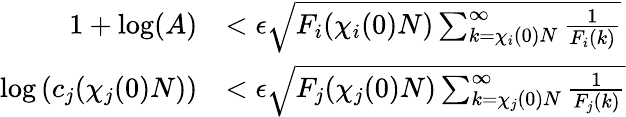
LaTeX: \begin{array}{rl}{1+\log(A)}&{<\epsilon\sqrt{F_{i}(\chi_{i}(0)N)\sum_{k=\chi_{i}(0)N}^{\infty}\frac{1}{F_{i}(k)}}}\\ {\log\left(c_{j}(\chi_{j}(0)N)\right)}&{<\epsilon\sqrt{F_{j}(\chi_{j}(0)N)\sum_{k=\chi_{j}(0)N}^{\infty}\frac{1}{F_{j}(k)}}}\end{array}